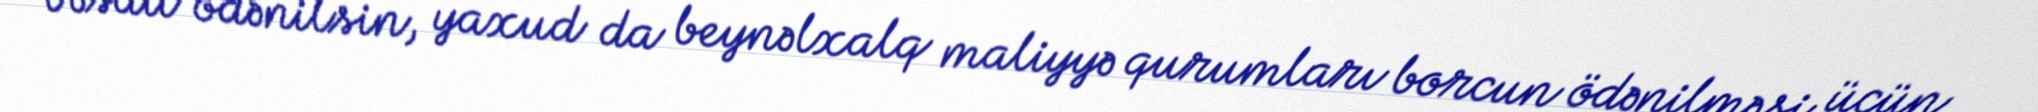
vəsait ödənilsin, yaxud da beynəlxalq maliyyə qurumları borcun ödənilməsi üçün